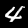
Label: 4